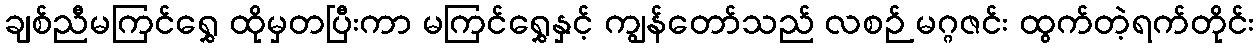
ချစ်ညီမကြင်ရွှေ ထိုမှတပြီးကာ မကြင်ရွှေနှင့် ကျွန်တော်သည် လစဉ် မဂ္ဂဇင်း ထွက်တဲ့ရက်တိုင်း